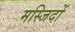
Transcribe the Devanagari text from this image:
मस्‍जिदों